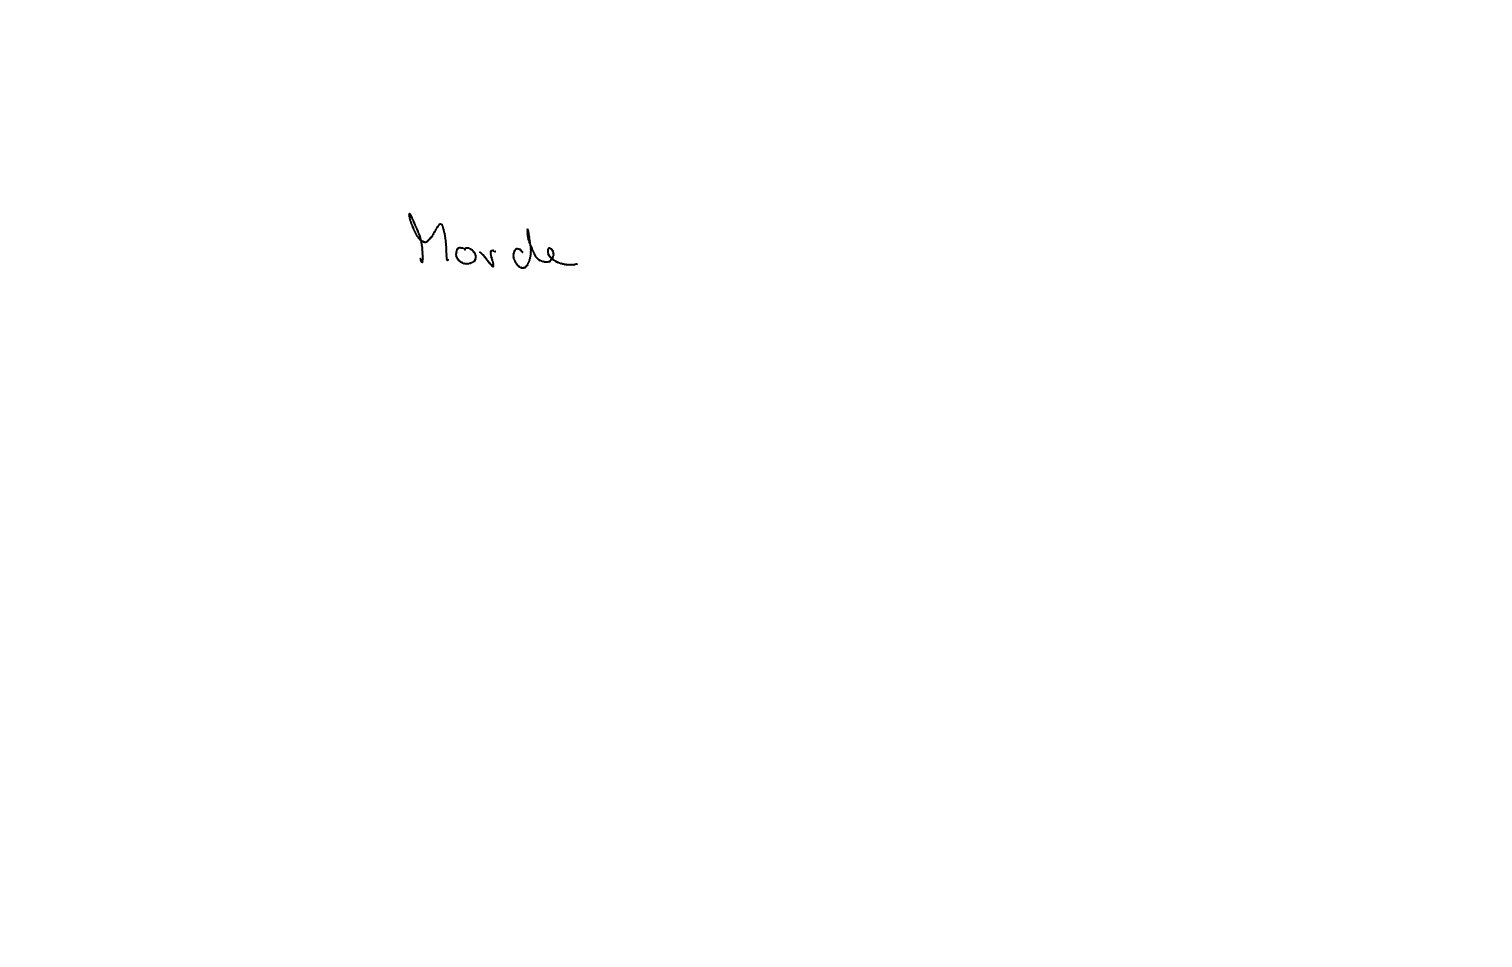
Text: Morde